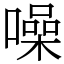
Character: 噪